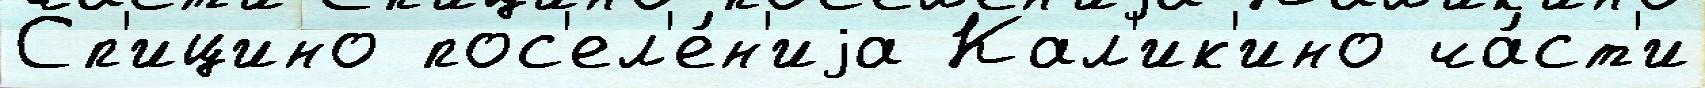
Сп'ицино пос'ел'е́н'иjа Кал'ик'ино ча́ст'и